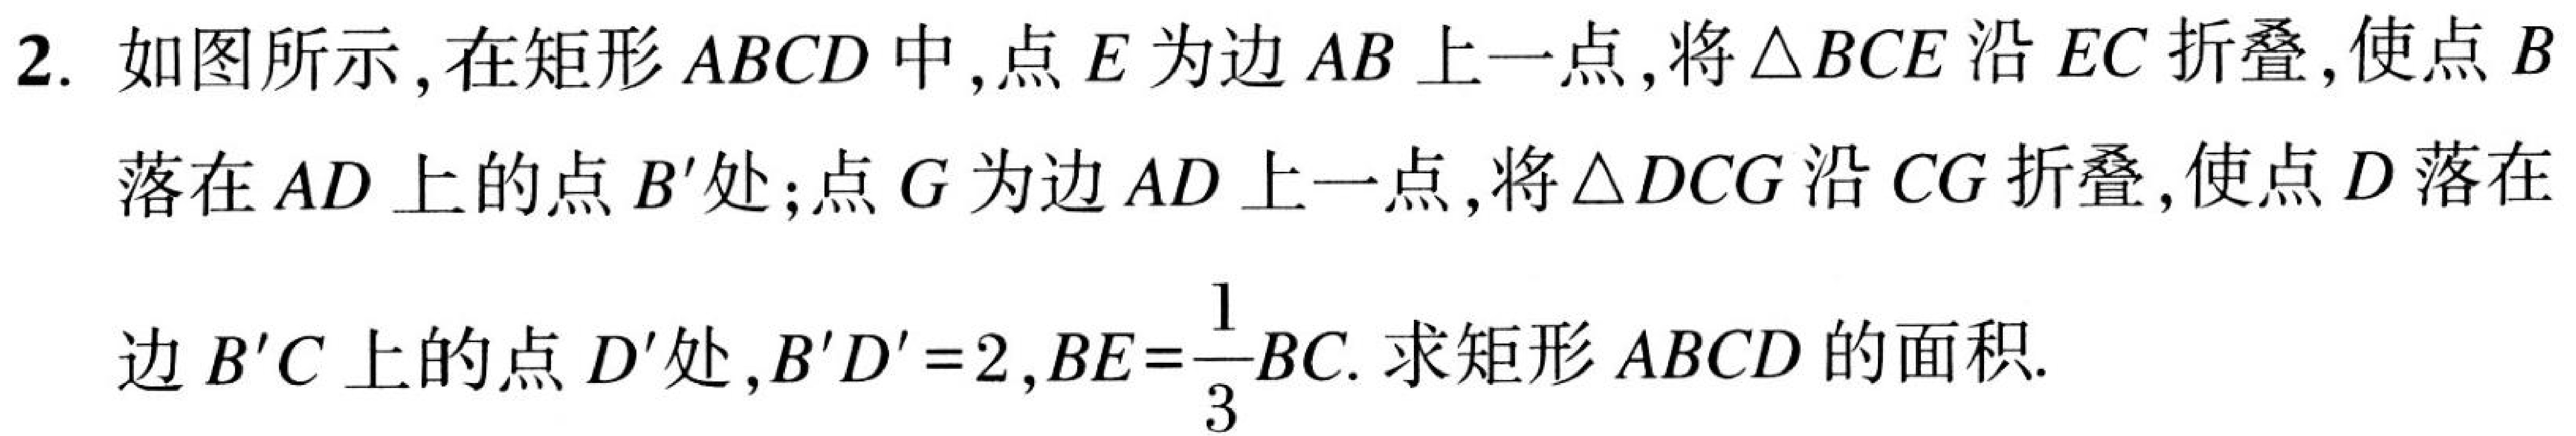
2. 如图所示, 在矩形\(ABCD\)中, 点\(E\)为边\(AB\)上一点, 将\(\triangle BCE\)沿\(EC\)折叠,使点\(B\)
落在\(AD\)上的点\(B'\)处;点\(G\)为边\(AD\)上一点,将\(\triangle DCG\)沿\(CG\)折叠,使点\(D\)落在
边\(B'C\)上的点\(D'\)处,\(B'D' = 2\),\(BE=\dfrac{1}{3}BC\). 求矩形\(ABCD\)的面积.